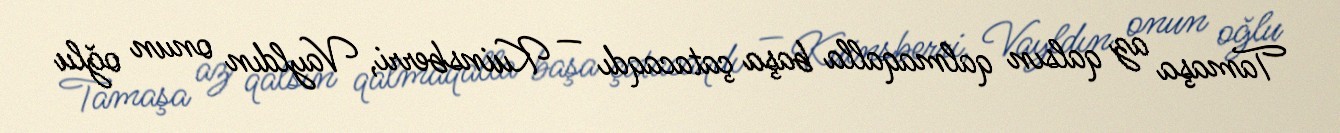
Tamaşa az qalsın qalmaqalla başa çatacaqdı — Kuinsberri, Vayldın onun oğlu